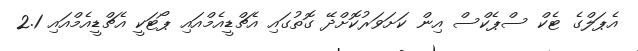
އެޕަލްގެ ޓެކް ސްޕެކްސް އިން ކަށަވަރުކޮށްދޭ ގޮތުގައި އެޗްޑީއެމްއައި ޕޯޓަކީ އެޗްޑީއެމްއައި 2.1